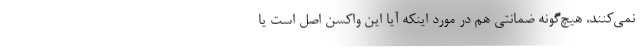
نمی‌کنند، هیچ‌گونه ضمانتی هم در مورد اینکه آیا این واکسن اصل است یا